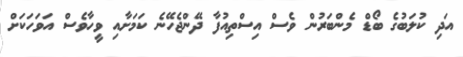
އަދި ކުލަބުގެ ބޯޑް މެންބަރުން ވެސް އިސްތިއުފާ ދޭންޖެހޭނެ ކަމަށާއި ވީހާވެސް އަވަހަކަށް